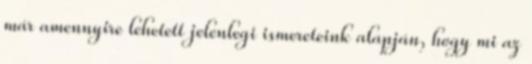
már amennyire lehetett jelenlegi ismereteink alapján, hogy mi az